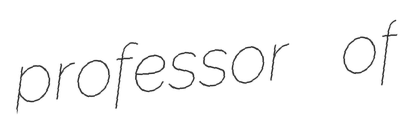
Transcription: professor of